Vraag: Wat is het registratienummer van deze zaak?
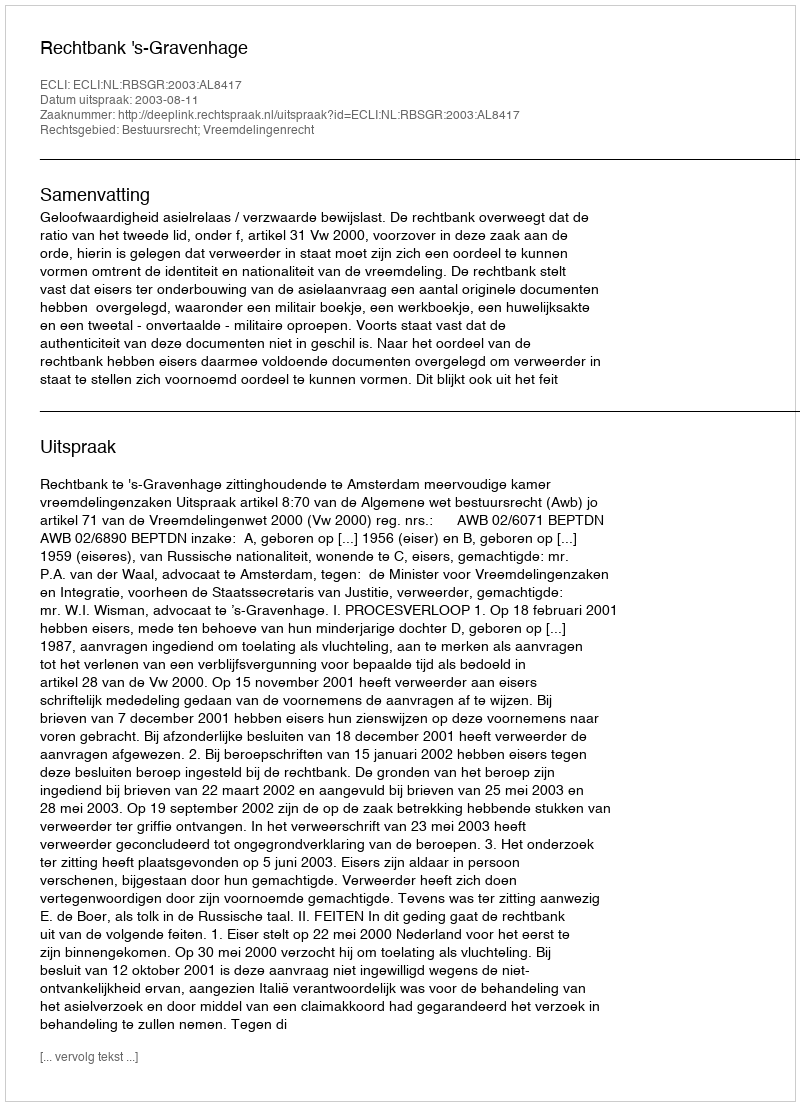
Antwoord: http://deeplink.rechtspraak.nl/uitspraak?id=ECLI:NL:RBSGR:2003:AL8417